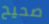
صحيح